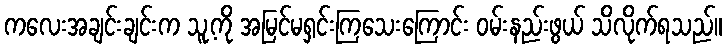
ကလေးအချင်းချင်းက သူ့ကို အမြင်မရှင်းကြသေးကြောင်း ဝမ်းနည်းဖွယ် သိလိုက်ရသည်။